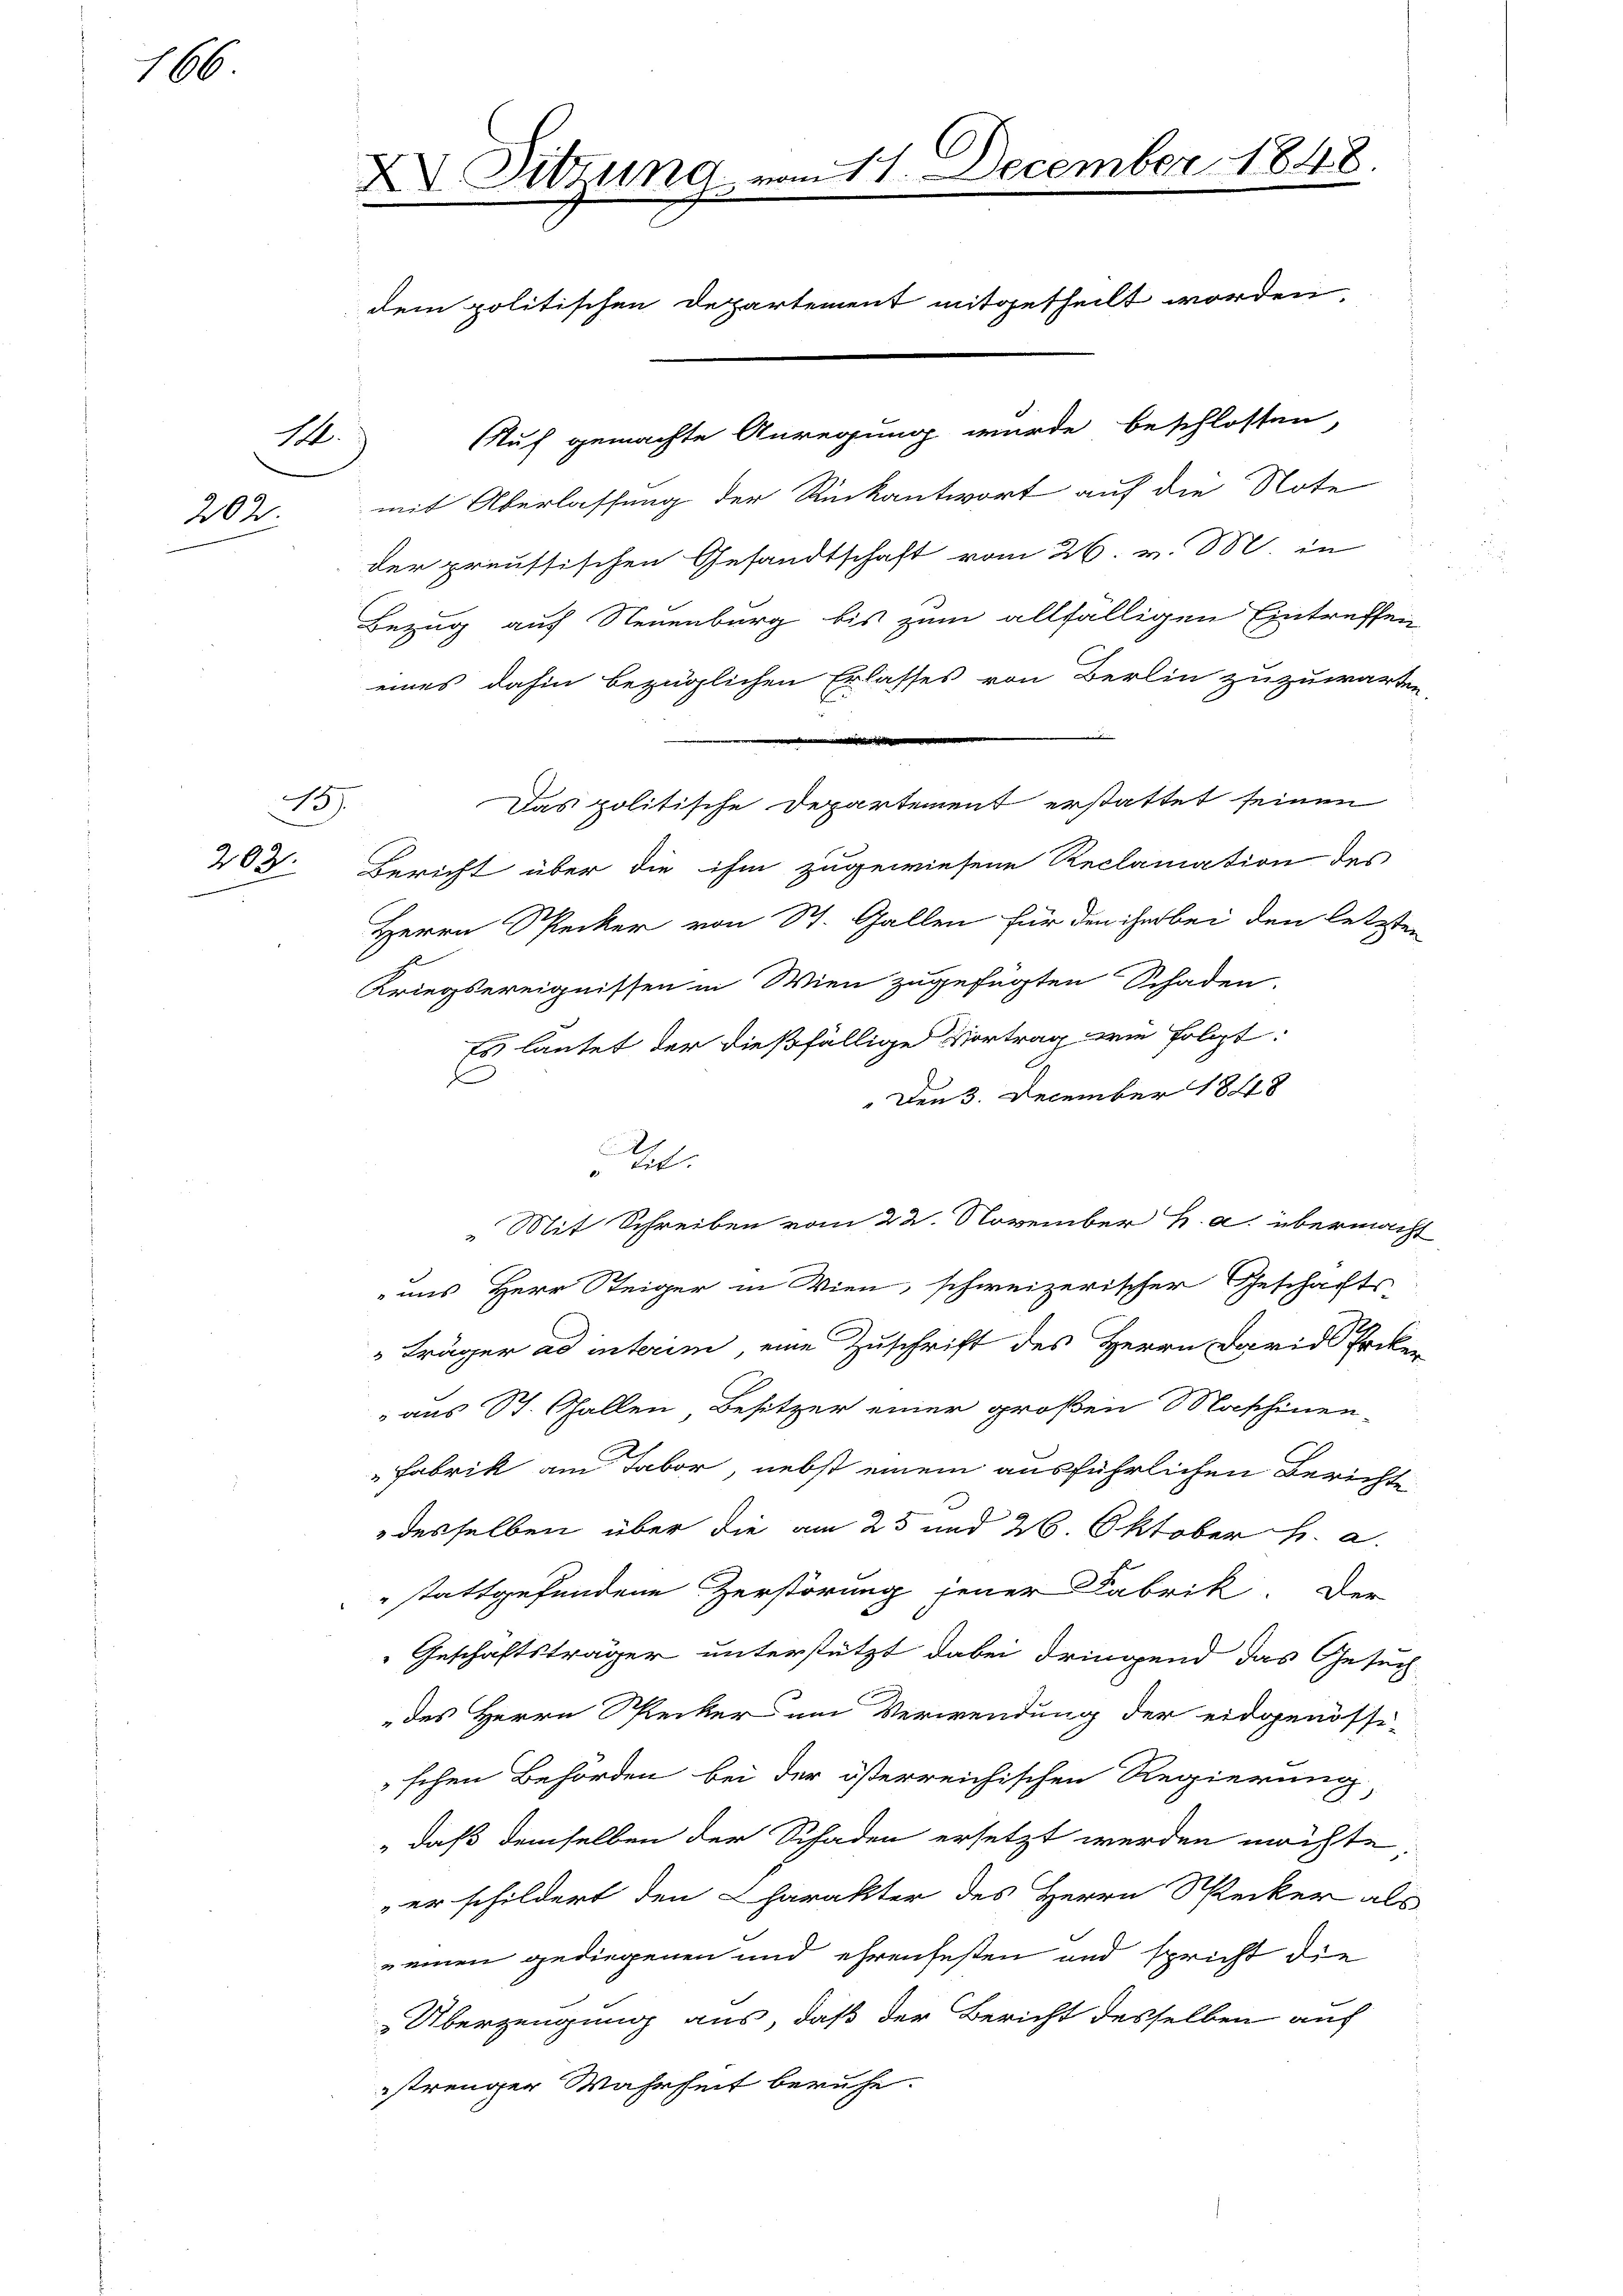
166

16.
202.

137
200

X Sitzung vom 11. December 1848.
dem politischen Departement mitgetheilt worden.

Auf gemachte Anregung wurde beschlossen
mit Oberlassung der Rückantwort auf die Note
der preussischen Gesandtschaft vom 26. v. 88. in
Bezug auf Neuenburg bis zum allfälligen Eintreffen,
eines dahin bezüglichen Erlasses von Berlin zuzuwarten,
i
Bericht über die ihm zugewiesene Reclamation des
Herrn Specker von St. Gallen für den ihn bei den letzten
Kriegsereignissen in Wien zugefügten Schaden.
Es lautet der dießfällige Vortrag wie folgt:
Den 3. December 1848
E
" tit.
Mit Schreiben vom 22. November h. a. übermacht
uns Herr Steiger in Wien, schweizerischer Geschafts-
" träger ad interim, eine Zuschrift des Herrn David Erken
aus St. Gallen, Besitzer einer großen Maschinen-
Fabrik am Tabor, nebst einem ausführlichen Berichte
desselben über die am 25 und 26. Oktober h. a.
stattgefundene Zerstörung jener Fabrik. Der
Geschäftsträger unterstützt dabei dringend das Gesuch
des Herrn Sprecker um Verwendung der eidgenössi-
schen Behörden bei der österreichischen Regierung,
" daß demselben der Schaden ersetzt werden möchte
er schildert den Charakter des Herrn Specker als
n einen gediegenen und ehrenfesten und spricht die
Überzeugung aus, daß der Bericht desselben auf
strenger Wahrheit beruhe.

Das politische Departement erstattet seinen